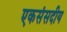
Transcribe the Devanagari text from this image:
एकसंसदीय